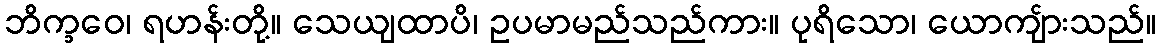
ဘိက္ခဝေ၊ ရဟန်းတို့။ သေယျထာပိ၊ ဥပမာမည်သည်ကား။ ပုရိသော၊ ယောကျ်ားသည်။